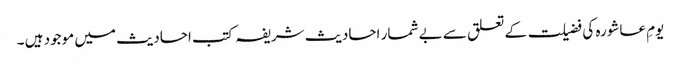
یومِ عاشورہ کی فضیلت کے تعلق سے بے شمار احادیث شریفہ کتب احادیث میں موجود ہیں ۔